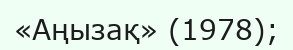
«Аңызақ» (1978);